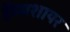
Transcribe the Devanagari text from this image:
हॅम्पशायर